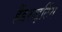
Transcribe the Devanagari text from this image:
हैंडराइटिंग